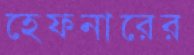
হেফনারের